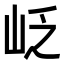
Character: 𡶉